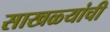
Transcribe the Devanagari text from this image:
साखळ्यांची